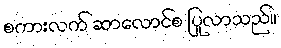
စကားလက် ဆာလောင်စ ပြုလာသည်။